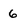
Character: 6